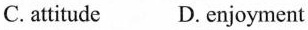
C. attitude D. enjoyment